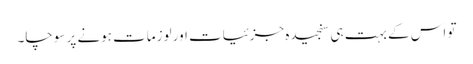
تو اس کے بہت ہی سنجیدہ جزئیات اور لوزمات ہونے پر سوچا۔